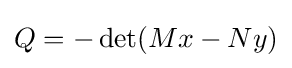
Q=-\det(Mx-Ny)